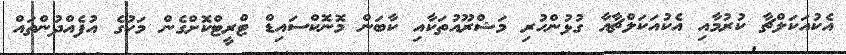
އެކުއަކަލްޗާ ކުރުމާއި އެކުއަކަލްޗާއާ ގުޅުންހުރި މަޝްރޫއުތަކާއި ކާބަން މޮނޮކްސައިޑް ޓްރީޓްކޮށްގެން މަހުގެ އުފެއްދުންތައް